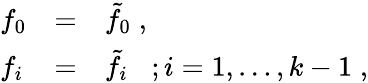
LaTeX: \begin{array}{lll}{{f_{0}}}&{{=}}&{{\tilde{f}_{0}\; ,}}\\ {{f_{i}}}&{{=}}&{{\tilde{f}_{i}\; \; \; ;i=1,\ldots,k-1\; ,}}\end{array}